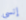
إنسي